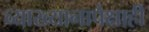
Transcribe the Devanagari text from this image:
व्याख्यानापेक्षाही